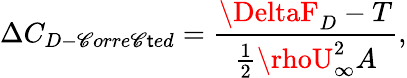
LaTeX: \Delta{C}_{D-\mathscr{C}orre\mathscr{C}\mathsf{t}ed}=\frac{{\DeltaF_{D}-T}}{{\frac{{1}}{{2}}\rhoU_{\infty}^{2}A}},